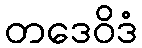
တဒေဝိဒံ